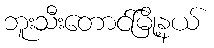
ဘူးသီးတောင်မြို့နယ်